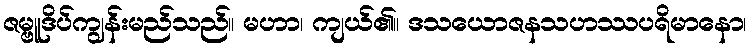
ဇမ္ဗူဒိပ်ကျွန်းမည်သည်။ မဟာ၊ ကျယ်၏။ ဒသယောဇနသဟဿပရိမာနော၊